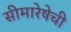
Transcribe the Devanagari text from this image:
सीमारेषेची